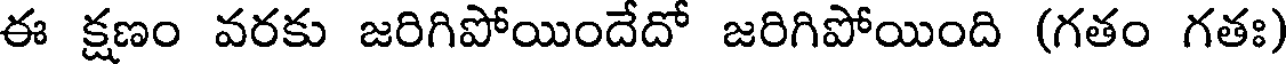
ఈ క్షణం వరకు జరిగిపోయిందేదో జరిగిపోయింది (గతం గతః)